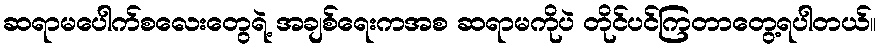
ဆရာမပေါက်စလေးတွေရဲ့ အချစ်ရေးကအစ ဆရာမကိုပဲ တိုင်ပင်ကြတာတွေ့ရပါတယ်။